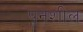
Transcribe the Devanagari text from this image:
पनशील